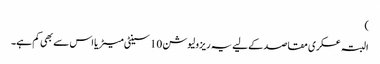
)
البتہ عسکری مقاصد کےلیے یہ ریزولیوشن 10 سینٹی میٹر یا اس سے بھی کم ہے۔